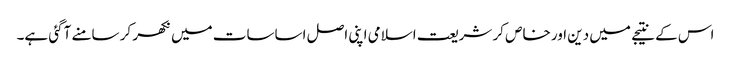
اس کے نتیجے میں دین اور خاص کر شریعت اسلامی اپنی اصل اساسات میں نکھر کر سامنے آگئی ہے۔